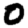
Digit: 0